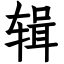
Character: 辑